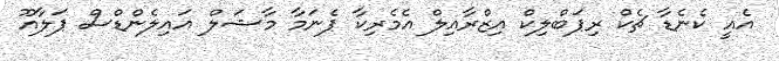
އެއީ ކެނެޑާ ޗެކް ރިޕަބްލިކް އިޒްރާއިލް އެމެރިކާ ޕެނަމާ މާޝަލް އައިލެންޑްސް ޕަލާއޫ